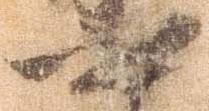
六